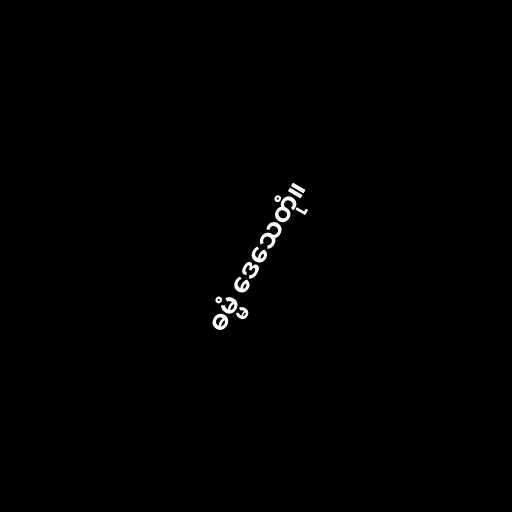
ဓမ္မံ ဒေသေတုံ။